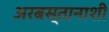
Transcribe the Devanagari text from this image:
अरबस्तानाशी